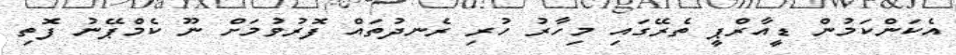
އެކަންކަމުން ޑީއާރްޕީ ތެރޭގައި މިހާރު ހުރި ރެނދުތައް ފޮރުވުމަށް ނޫ ކެމްޕޭނު ފޮތި